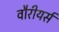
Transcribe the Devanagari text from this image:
वौरीयर्स